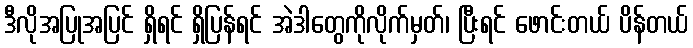
ဒီလိုအပြုအပြင် ရှိရင် ရှိပြန်ရင် အဲဒါတွေကိုလိုက်မှတ်၊ ပြီးရင် ဖောင်းတယ် ပိန်တယ်